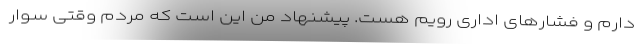
دارم و فشارهای اداری رویم هست. پیشنهاد من این است که مردم وقتی سوار